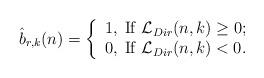
LaTeX: \begin{align*} \hat b_{r,k}(n) = \left\{ \begin{array}{l}1, \;{\rm If \;} \mathcal{L}_{Dir}(n,k) \geq 0; \\0, \;{\rm If \;} \mathcal{L}_{Dir}(n,k) < 0.\end{array} \right.\end{align*}